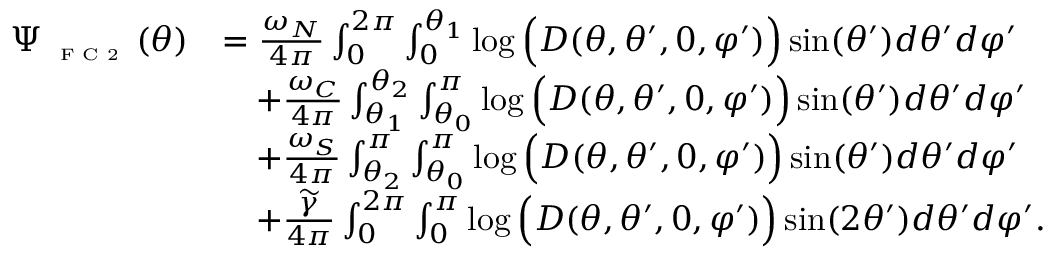
\begin{array} { r l } { \Psi _ { \textnormal { \tiny { F C 2 } } } ( \theta ) } & { = \frac { \omega _ { N } } { 4 \pi } \int _ { 0 } ^ { 2 \pi } \int _ { 0 } ^ { \theta _ { 1 } } \log \Big ( D ( \theta , \theta ^ { \prime } , 0 , \varphi ^ { \prime } ) \Big ) \sin ( \theta ^ { \prime } ) d \theta ^ { \prime } d \varphi ^ { \prime } } \\ & { \quad + \frac { \omega _ { C } } { 4 \pi } \int _ { \theta _ { 1 } } ^ { \theta _ { 2 } } \int _ { \theta _ { 0 } } ^ { \pi } \log \Big ( D ( \theta , \theta ^ { \prime } , 0 , \varphi ^ { \prime } ) \Big ) \sin ( \theta ^ { \prime } ) d \theta ^ { \prime } d \varphi ^ { \prime } } \\ & { \quad + \frac { \omega _ { S } } { 4 \pi } \int _ { \theta _ { 2 } } ^ { \pi } \int _ { \theta _ { 0 } } ^ { \pi } \log \Big ( D ( \theta , \theta ^ { \prime } , 0 , \varphi ^ { \prime } ) \Big ) \sin ( \theta ^ { \prime } ) d \theta ^ { \prime } d \varphi ^ { \prime } } \\ & { \quad + \frac { \widetilde { \gamma } } { 4 \pi } \int _ { 0 } ^ { 2 \pi } \int _ { 0 } ^ { \pi } \log \Big ( D ( \theta , \theta ^ { \prime } , 0 , \varphi ^ { \prime } ) \Big ) \sin ( 2 \theta ^ { \prime } ) d \theta ^ { \prime } d \varphi ^ { \prime } . } \end{array}